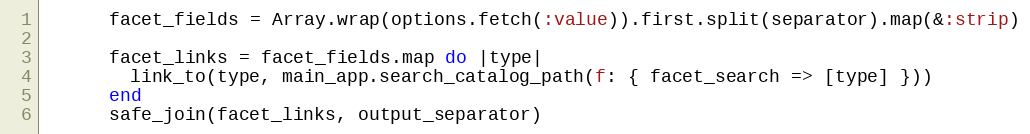
Language: Ruby
      facet_fields = Array.wrap(options.fetch(:value)).first.split(separator).map(&:strip)

      facet_links = facet_fields.map do |type|
        link_to(type, main_app.search_catalog_path(f: { facet_search => [type] }))
      end
      safe_join(facet_links, output_separator)